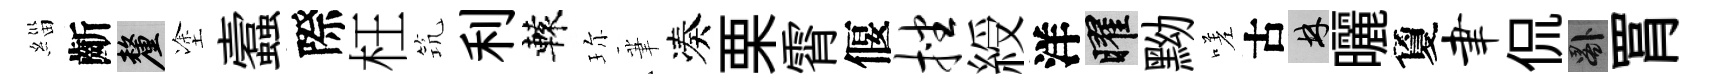
緇齗厘塗蠧際枉𥬑利轅珎茟凑栗霄偃挫綬洋曜黝嗟古林曬夐聿侃晷罥